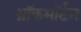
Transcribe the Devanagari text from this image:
थ्रॉकमॉर्टन